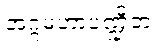
အဂ္ဂမဟာပဏ္ဍိတ